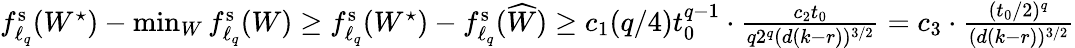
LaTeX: \begin{array}{r}{f_{\ell_{q}}^{\mathrm{s}}(W^{\star})-\operatorname*{min}_{W}f_{\ell_{q}}^{\mathrm{s}}(W)\geq f_{\ell_{q}}^{\mathrm{s}}(W^{\star})-f_{\ell_{q}}^{\mathrm{s}}(\widehat W)\geq c_{1}(q/4)t_{0}^{q-1}\cdot\frac{c_{2}t_{0}}{q2^{q}(d(k-r))^{3/2}}=c_{3}\cdot\frac{(t_{0}/2)^{q}}{(d(k-r))^{3/2}}}\end{array}